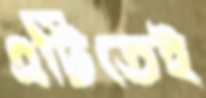
এটিতেই